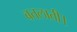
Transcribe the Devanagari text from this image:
बतलाती।